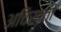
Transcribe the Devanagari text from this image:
अचिरवती